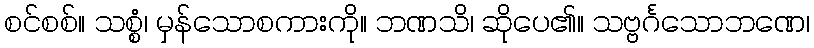
စင်စစ်။ သစ္စံ၊ မှန်သောစကားကို။ ဘဏသိ၊ ဆိုပေ၏။ သဗ္ဗင်္ဂသောဘဏေ၊